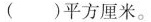
()平方厘米。